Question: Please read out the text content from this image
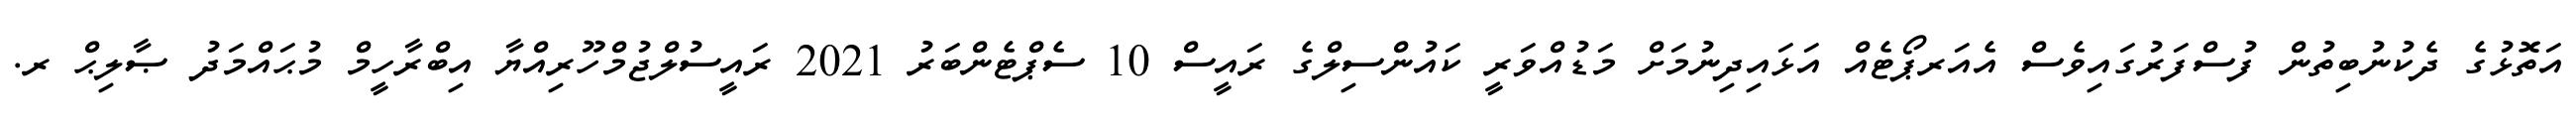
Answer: އަތޮޅުގެ ދެކުނުބިތުން ފުސްފަރުގައިވެސް އެއަރޕޯޓެއް އަޅައިދިނުމަށް މަޑުއްވަރީ ކައުންސިލްގެ ރައީސް 10 ސެޕްޓެންބަރު 2021 ރައީސުލްޖުމްހޫރިއްޔާ އިބްރާހީމް މުޙައްމަދު ޞާލިޙް ރ.